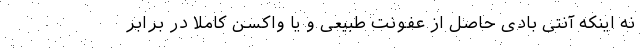
نه اینکه آنتی بادی حاصل از عفونت طبیعی و یا واکسن کاملاً در برابر